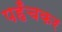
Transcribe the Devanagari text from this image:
पहँचकर